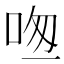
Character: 𠱱